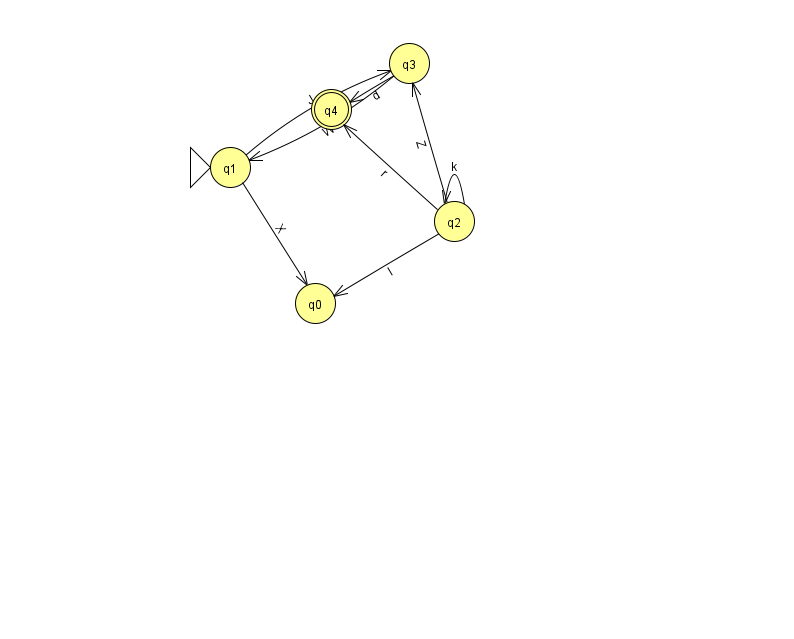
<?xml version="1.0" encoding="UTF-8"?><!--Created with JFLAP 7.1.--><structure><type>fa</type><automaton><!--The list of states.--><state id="0" name="q0"><x>315.0</x><y>290.0</y></state><state id="1" name="q1"><x>230.0</x><y>154.0</y><initial/></state><state id="2" name="q2"><x>454.0</x><y>208.0</y></state><state id="3" name="q3"><x>409.0</x><y>50.0</y></state><state id="4" name="q4"><x>331.0</x><y>96.0</y><final/></state><!--The list of transitions.--><transition><from>3</from><to>1</to><read>W</read></transition><transition><from>2</from><to>4</to><read>r</read></transition><transition><from>3</from><to>4</to><read>d</read></transition><transition><from>2</from><to>0</to><read>l</read></transition><transition><from>2</from><to>2</to><read>k</read></transition><transition><from>1</from><to>3</to><read>J</read></transition><transition><from>1</from><to>0</to><read>X</read></transition><transition><from>2</from><to>3</to><read>Z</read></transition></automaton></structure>